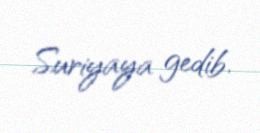
Suriyaya gedib.